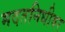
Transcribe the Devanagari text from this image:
मदतनिधीवर